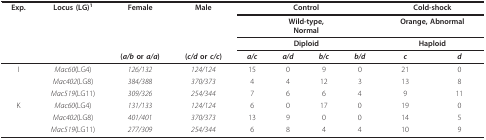
| Exp. | Locus (LG)1 | Female | Male | <COLSPAN=4> Control | <COLSPAN=2> Cold-shock |
 |  |  |  |  | <COLSPAN=4> Wild-type,Normal | <COLSPAN=2> Orange, Abnormal |
 |  |  |  |  | <COLSPAN=4> Diploid | <COLSPAN=2> Haploid |
 |  |  | (a/b or a/a) | (c/d or c/c) | a/c | a/d | b/c | b/d | c | d |
 | --- | --- | --- | --- | --- | --- | --- | --- | --- | --- |
 | I | Mac60(LG4) | 126/132 | 124/124 | 15 | 0 | 9 | 0 | 21 | 0 |
 |  | Mac402(LG8) | 384/388 | 370/373 | 4 | 4 | 12 | 3 | 13 | 8 |
 |  | Mac519(LG11) | 309/326 | 254/344 | 7 | 6 | 6 | 4 | 9 | 11 |
 | K | Mac60(LG4) | 131/133 | 124/124 | 6 | 0 | 17 | 0 | 19 | 0 |
 |  | Mac402(LG8) | 401/401 | 370/373 | 13 | 9 | 0 | 0 | 14 | 5 |
 |  | Mac519(LG11) | 277/309 | 254/344 | 6 | 8 | 4 | 4 | 10 | 9 |